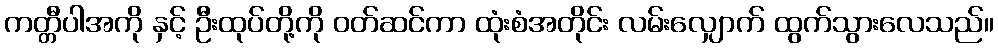
ကတ္တီပါအကို နှင့် ဦးထုပ်တို့ကို ဝတ်ဆင်ကာ ထုံးစံအတိုင်း လမ်းလျှောက် ထွက်သွားလေသည်။